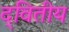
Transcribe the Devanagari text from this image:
द्‌वितीय